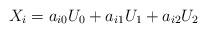
LaTeX: \begin{align*} X_i=a_{i0}U_0+a_{i1}U_1+a_{i2}U_2\end{align*}